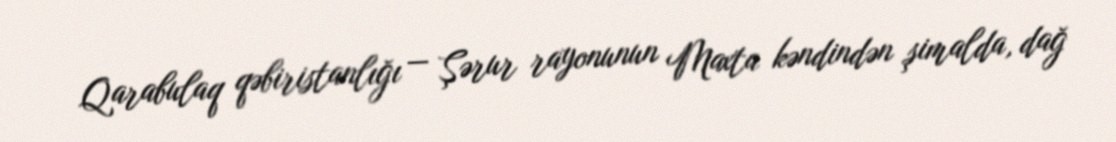
Qarabulaq qəbiristanlığı — Şərur rayonunun Maxta kəndindən şimalda, dağ